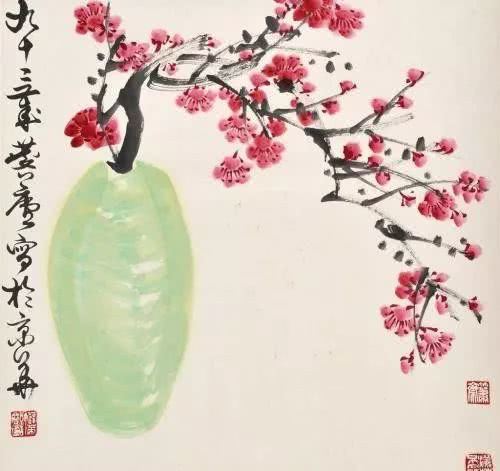
雪后燕瑶池，人间第一枝。